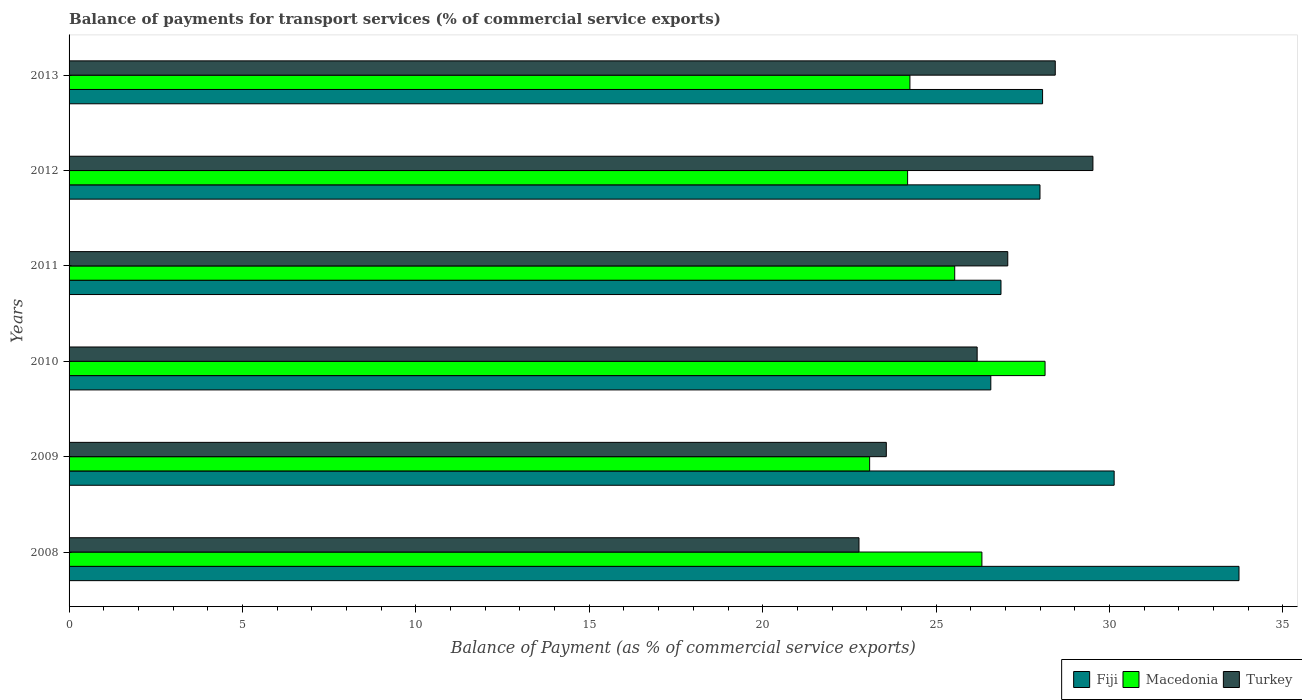
| Years | Fiji | Macedonia | Turkey |
 | --- | --- | --- | --- |
 | 2008 | 33.7 | 26.3 | 22.8 |
 | 2009 | 30.1 | 23.1 | 23.6 |
 | 2010 | 26.6 | 28.1 | 26.2 |
 | 2011 | 26.9 | 25.5 | 27.1 |
 | 2012 | 28 | 24.2 | 29.5 |
 | 2013 | 28.1 | 24.2 | 28.4 |